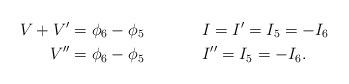
LaTeX: \begin{align*} V+V'=\phi_6-\phi_5 &&& I=I'=I_5=-I_6 \\ V''=\phi_6-\phi_5 &&& I''=I_5=-I_6. &&& \\\end{align*}